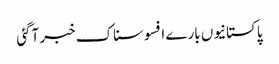
پاکستانیوں بارے افسوسناک خبر آگئی